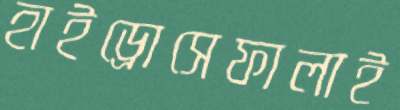
হাইড্রোসেফালাই